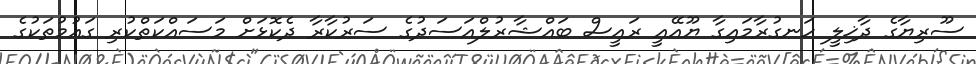
ސޫރިޔާގެ ދާޚިލީ ހަނގުރާމައިގާ ޔޫއޭއީ ރައީސް ބައްޝާރުލްއަސަދުގެ ސަރުކާރާ ދެކޮޅަށް މަސައްކަތްކުރި ގައުމުތަކުގެ